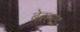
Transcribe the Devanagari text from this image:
बेरहाड